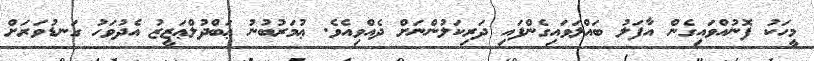
މީހަކު ފޮނުއްވައިގެން އާފަލު ބައްލަވައިގެންފައި ދަރިކަލުންނަށް ދެއްވިއެވެ. ޢުމަރުބުނު ޢަބްދުލްޢަޒީޒު އެދުވަހު ގަނޑުވަރަށް